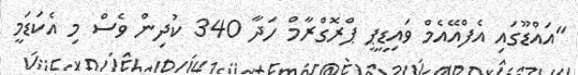
"އައްޑޫގައި އެފްއޭއެމް ވައިޑީޕީ ޕްރޮގްރާމް ހަދާ 340 ކުދިން ވެސް މި އެކަޑަމީ